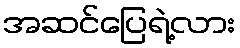
အဆင်ပြေရဲ့လား